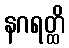
နဂရတ္ထိ